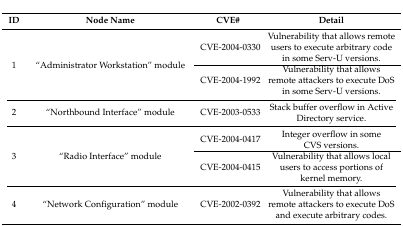
| ID | Node Name | CVE# | Detail |
 | --- | --- | --- | --- |
 | <ROWSPAN=2> 1 | <ROWSPAN=2> “Administrator Workstation” module | CVE-2004-0330 | Vulnerability that allows remote users to execute arbitrary code in some Serv-U versions. |
 | CVE-2004-1992 | Vulnerability that allows remote attackers to execute DoS in some Serv-U versions. |
 | 2 | “Northbound Interface” module | CVE-2003-0533 | Stack buffer overflow in Active Directory service. |
 | <ROWSPAN=2> 3 | <ROWSPAN=2> “Radio Interface” module | CVE-2004-0417 | Integer overflow in some CVS versions. |
 | CVE-2004-0415 | Vulnerability that allows local users to access portions of kernel memory. |
 | 4 | “Network Configuration” module | CVE-2002-0392 | Vulnerability that allows remote attackers to execute DoS and execute arbitrary codes. |